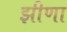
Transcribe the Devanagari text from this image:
झीणा